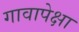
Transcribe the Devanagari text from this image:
गावापेक्षा